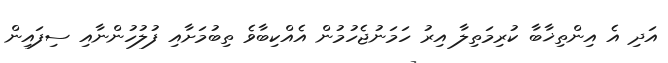
އަދި އެ އިންތިޚާބާ ކުރިމަތިލާ އިރު ހަމަނުޖެހުމުން އެއްކިބާވެ ތިބުމަށާއި ފުލުހުންނާއި ސިފައިން